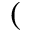
(